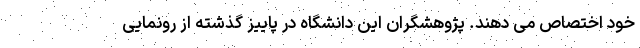
خود اختصاص می دهند. پژوهشگران این دانشگاه در پاییز گذشته از رونمایی